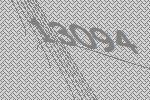
13094